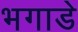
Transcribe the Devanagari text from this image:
भगाडे